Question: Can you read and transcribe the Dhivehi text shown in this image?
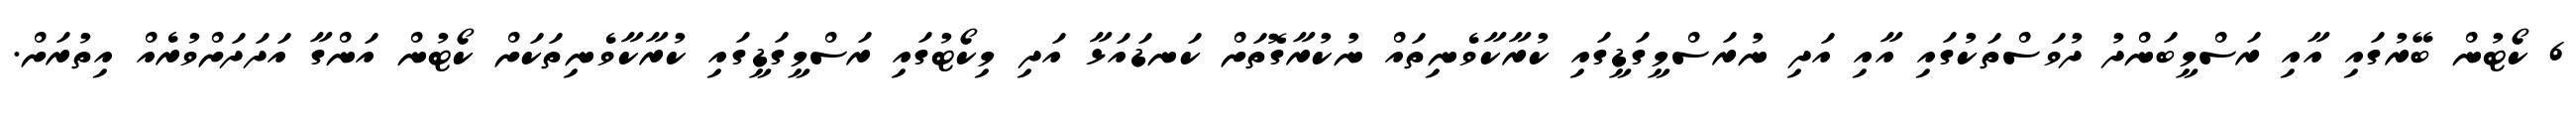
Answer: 6 ކޯޓުން ބޭރުގައި އާއި ރަސްމީބަންދު ދުވަސްތަކުގައި އާއި އަދި ނުރަސްމީގަޑީގައި ކުރާކާވެނިތައް ނުކުރާގޮތަށް ކަނޑައަޅާ އަދި މިކޯޓުގައި ރަސްމީގަޑީގައި ކުރާކާވެނިތަކަށް ކޯޓުން އަންގާ އަދަދަށްވުރެއް އިތުރަށް.